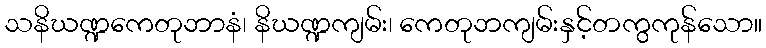
သနိဃဏ္ဍကေတုဘာနံ၊ နိဃဏ္ဍကျမ်း၊ ကေတုဘကျမ်းနှင့်တကွကုန်သော။